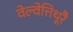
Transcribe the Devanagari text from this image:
वेल्वेत्तिथूरै